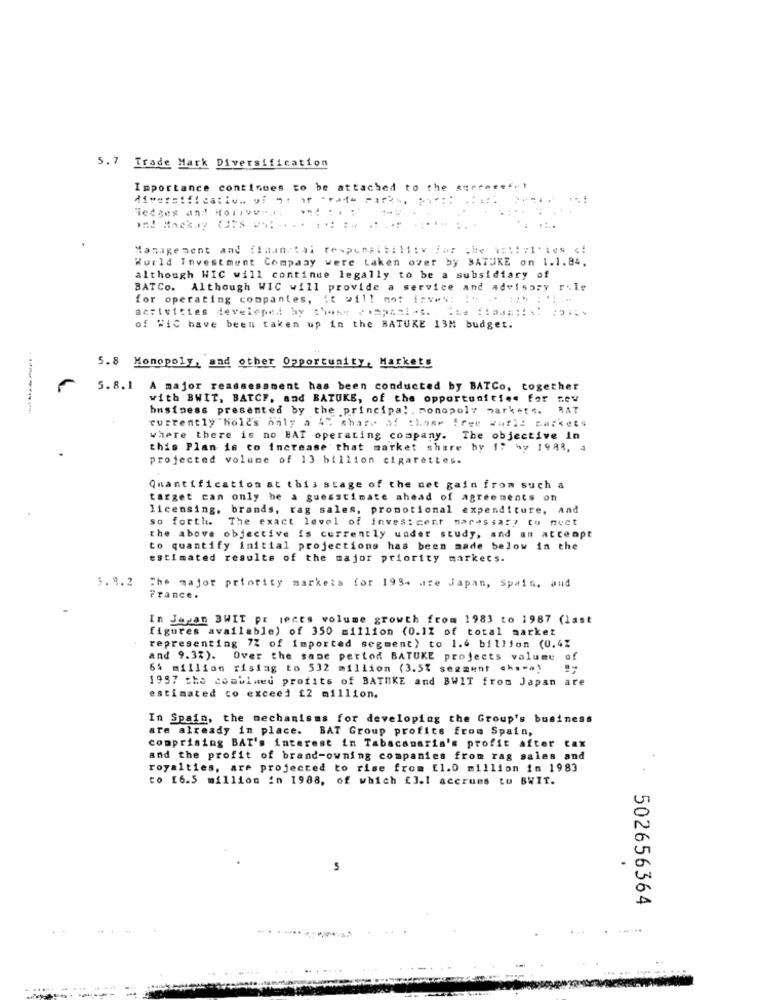
5.7 Trade Mark Diversification
Importance continues to be attached to the aurenee".)
diversification of noir "rato Para", "i" :: . a
Hedges and Rollve ... and :.:
Management and financial responsibility for the \=%! = 1'les
Wurld Investment Company were taken over by SATUKE on 1.1.84.
although WIC will continue legally to be a subsidiary of
BATCo. Although WIC will provide a service and advisory rile
for operating conpantes, it will not inve": "" " :15 : " !..
activities developed by those companies. The Stamail :is
of WiC have been taken up in the BATUKE 13M budget.
5.8 Monopoly, and other Opportunity, Markets
5.8.1 A major reassessment has been conducted by BATCo, together
with BWIT, BATCF, and BATUKE, of the opportunities for new
business presented by the principal , monopoly market. RAT
currently "Hölls only a 4% share of those free World markets
where there is no BAT operating company. The objective In
this Plan is to increase that market share by !? by 1988, a
projected volume of 13 billion cigarettes.
Quantification at this stage of the net gain from such a
target can only be a guesstimate ahead of agreements on
licensing, brands, rag sales, promotional expenditure, and
so forth. The exact level of investment naressar? to nuct
the above objective is currently under study, and an attempt
to quantify initial projections has been made below in the
estimated results of the major priority markets.
5.8.2
The major priority markets for 1954 are Japan, Spain, and
France.
In Japan BWIT pr jects volume growth from 1983 to 1987 (last
figures available) of 350 million (0.1% of total market
representing 72 of Imported segment) to 1.4 billion (0.4%
and 9.3%). Over the sane pertod BATUKE projects volume of
64 million risiag to 532 million (3.5% segment cha-a)
1957 the combined profits of BATHKE and BWIT from Japan are
estimated co exceed £2 million.
In Spain, the mechanisms for developing the Group's business
are already in place. BAT Group profits from Spain,
comprising BAT's interest in Tabacamarin's profit after tax
and the profit of brand-owning companies from rag sales and
royalties, are projected to rise from El.0 million in 1983
co [6.5 million in 1988, of which [].I accrues to BWIT.
5
502656364